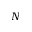
N